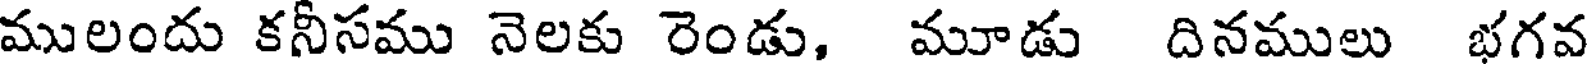
ములందు కనీసము నెలకు రెండు, మూడు దినములు భగవ